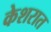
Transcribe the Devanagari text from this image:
केशरात